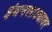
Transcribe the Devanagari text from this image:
इंधनसाठ्यावर